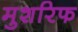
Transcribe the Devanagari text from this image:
मुशरिफ